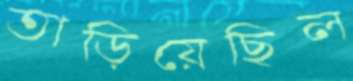
তাড়িয়েছিল